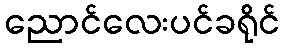
ညောင်လေးပင်ခရိုင်